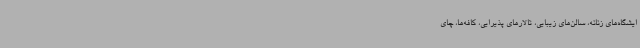
ایشگاه‌های زنانه، سالن‌های زیبایی، تالارهای پذیرایی، کافه‌ها، چای